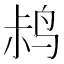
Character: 𫛧